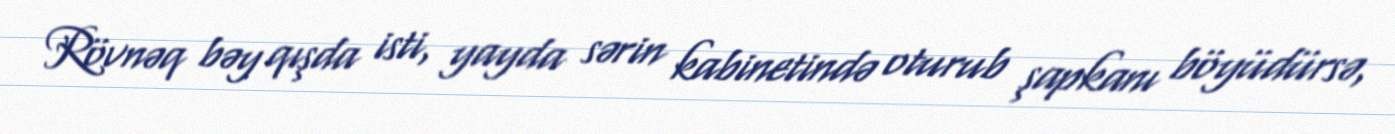
Rövnəq bəy qışda isti, yayda sərin kabinetində oturub şapkanı böyüdürsə,